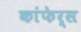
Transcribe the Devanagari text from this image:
कांफेर्स